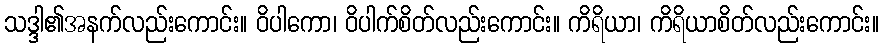
သဒ္ဒါ၏အနက်လည်းကောင်း။ ဝိပါကော၊ ဝိပါက်စိတ်လည်းကောင်း။ ကိရိယာ၊ ကိရိယာစိတ်လည်းကောင်း။